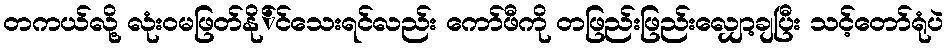
တကယ်လို့ လုံးဝမဖြတ်နို်င်သေးရင်လည်း ကော်ဖီကို တဖြည်းဖြည်းလျှော့ချပြီး သင့်တော်ရုံပဲ